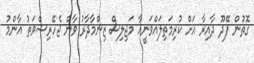
ގޮތުން ފޭދޫ ދާއިރާ އަށް ކުރިމަތިލައްވަނީއާ މަޖިލިސް ޒިންމާދާރު ވާން ޖެހޭރިޝްވަތު އާންމު